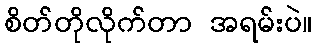
စိတ်တိုလိုက်တာ အရမ်းပဲ။